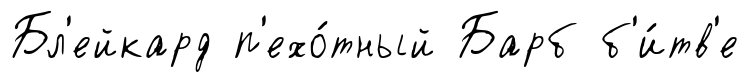
Бл'ейкард п'ехо́тный Барб б'и́тв'е